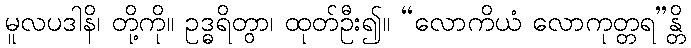
မူလပဒါနိ၊ တို့ကို။ ဥဒ္ဓရိတွာ၊ ထုတ်ဦး၍။ “လောကိယံ လောကုတ္တရ”န္တိ